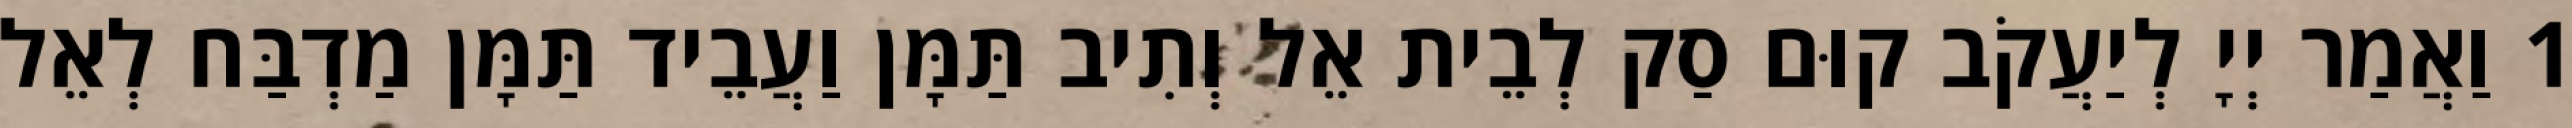
1 וַאֲמַר יְיָ לְיַעֲקֹב קוּם סַק לְבֵית אֵל וְתִיב תַּמָּן וַעֲבֵיד תַּמָּן מַדְבַּח לְאֵל